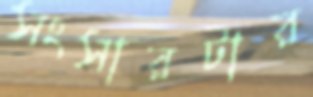
সংসারটার